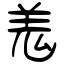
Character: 羗